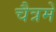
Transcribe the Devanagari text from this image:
चैत्रमें